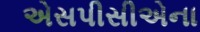
એસપીસીએના